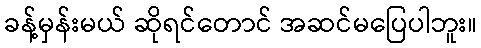
ခန့်မှန်းမယ် ဆိုရင်တောင် အဆင်မပြေပါဘူး။